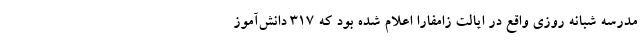
مدرسه شبانه روزی واقع در ایالت زامفارا اعلام شده بود که ۳۱۷ دانش‌آموز